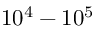
1 0 ^ { 4 } - 1 0 ^ { 5 }